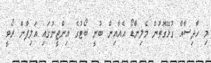
މި ހާދިސާއާ ގުޅޭގޮތުން މެލިންޑޯ އެއާއިން ބުނީ ބޯޓުގެ އިންޖީނުގައި އަލިފާން ރޯވީ